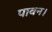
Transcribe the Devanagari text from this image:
पावन।